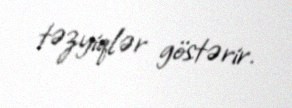
təzyiqlər göstərir.